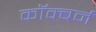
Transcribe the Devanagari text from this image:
कॉक्बर्न